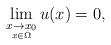
LaTeX: \begin{align*} \lim_{\underset{x\in\Omega}{x\to x_0}} u(x) =0, \end{align*}